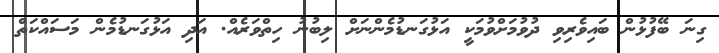
ގިނަ ބޭފުޅުން ބައިވެރިވި ދުވުމަށްވުމަކީ އަޅުގަނޑުމެންނަށް ލިބުނު ހިތްވަރެއް. އަދި އަޅުގަނޑުމެން މަސައްކަތް